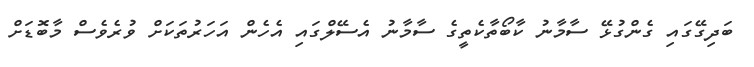
ބަދިގޭގައި ގެންގުޅޭ ސާމާނު ކާބޯތާކެތީގެ ސާމާނު އެސޭލްގައި އެހެން އަހަރުތަކަށް ވުރެވެސް މާބޮޑަށް